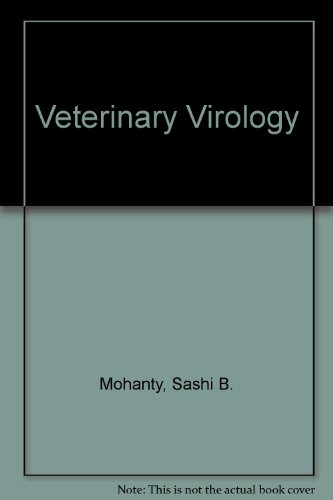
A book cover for Veterinary Virology; Sashi B. Mohanty; Medical Books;